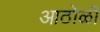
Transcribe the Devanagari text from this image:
आठोळी